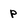
Character: p